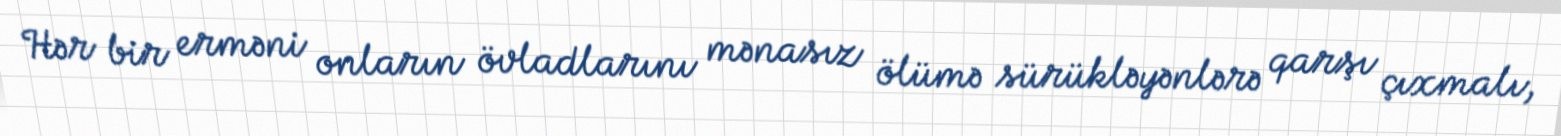
Hər bir erməni onların övladlarını mənasız ölümə sürükləyənlərə qarşı çıxmalı,